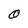
Character: O